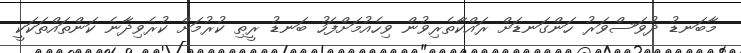
މާބަނޑު ދުވަސްވަރު ހަންގަނޑަށް ރައްކާތެރިވުން ވިހެއުމަށްފަހު ބަނޑު ރީތި ކުރުމަށް ކުރެވިދާނެ ކަންތައްތަކަކީ